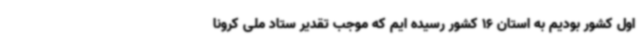
اول کشور بودیم به استان 16 کشور رسیده ایم که موجب تقدیر ستاد ملی کرونا